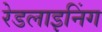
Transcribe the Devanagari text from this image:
रेडलाइनिंग